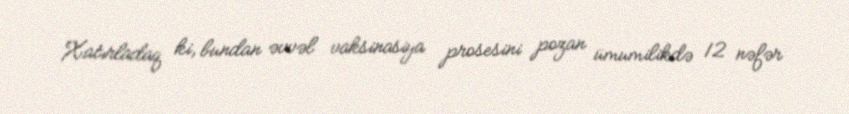
Xatırladaq ki, bundan əvvəl vaksinasiya prosesini pozan ümumilikdə 12 nəfər